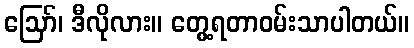
ဪ၊ ဒီလိုလား။ တွေ့ရတာဝမ်းသာပါတယ်။